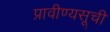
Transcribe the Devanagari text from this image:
प्रावीण्यसूची